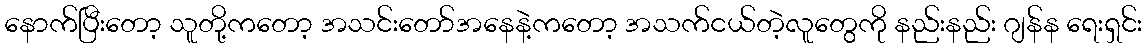
နောက်ပြီးတော့ သူတို့ကတော့ အသင်းတော်အနေနဲ့ကတော့ အသက်ငယ်တဲ့လူတွေကို နည်းနည်း ဂျန်န ရေးရှင်း